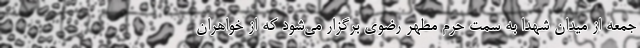
جمعه از میدان شهدا به سمت حرم مطهر رضوی برگزار می‌شود که از خواهران